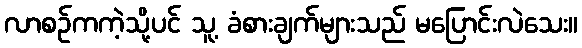
လာစဉ်ကကဲ့သို့ပင် သူ့ ခံစားချက်များသည် မပြောင်းလဲသေး။